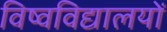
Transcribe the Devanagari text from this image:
विष्वविद्यालयों